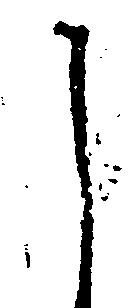
し